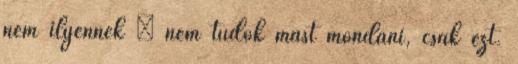
nem ilyennek – nem tudok mást mondani, csak ezt.